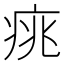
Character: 𤶃